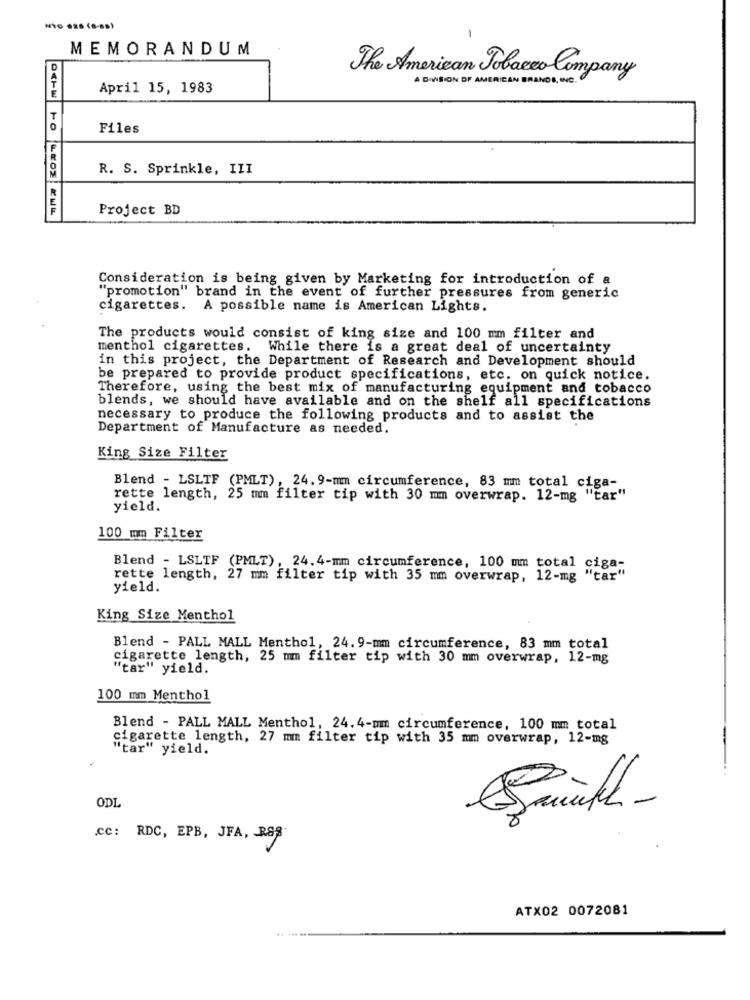
MEMORANDUM
The American Tobacco Company
A DIVISION OF AMERICAN BRANDS, WC.
April 15, 1983
Files
R. S. Sprinkle, III
Project BD
Consideration is being given by Marketing for introduction of a
"promotion" brand in the event of further pressures from generic
cigarettes. A possible name is American Lights.
The products would consist of king size and 100 mm filter and
menthol cigarettes. While there is a great deal of uncertainty
in this project, the Department of Research and Development should
be prepared to provide product specifications, etc. on quick notice.
Therefore, using the best mix of manufacturing equipment and tobacco
blends, we should have available and on the shelf all specifications
necessary to produce the following products and to assist the
Department of Manufacture as needed.
King Size Filter
Blend - LSLTF (PMLT), 24.9-mm circumference, 83 mm total ciga-
rette length, 25 mm filter tip with 30 mm overwrap. 12-mg "tar"
yield.
100 mm Filter
Blend - LSLTF (PMLT), 24.4-mm circumference, 100 mm total ciga-
rette length, 27 mm filter tip with 35 mm overwrap, 12-mg "tar"
yield.
King Size Menthol
Blend - PALL MALL Menthol, 24. 9-mm circumference, 83 mm total
cigarette length, 25 mm filter tip with 30 mm overwrap, 12-mg
"car" yield.
100 mm Menthol
Blend - PALL MALL Menthol, 24.4-mm circumference, 100 mm total
cigarette length, 27 mm filter tip with 35 mm overwrap, 12-mg
"tar" yield.
ODL
cc: RDC, EPB, JFA, RSS
ATX02 0072081